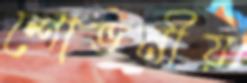
শোভনীয়